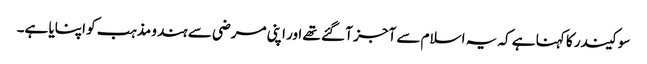
سوکیندر کا کہنا ہے کہ یہ اسلام سے آجز آ گئے تھے اور اپنی مرضی سے ہندو مذہب کو اپنایا ہے۔